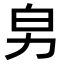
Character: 𠡈